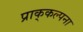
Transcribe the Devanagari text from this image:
प्राक्‌कल्पना